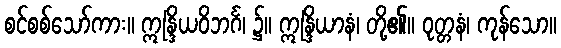
စင်စစ်သော်ကား။ ဣန္ဒြိယဝိဘင်္ဂ၊ ၌။ ဣန္ဒြိယာနံ၊ တို့၏။ ဝုတ္တနံ၊ ကုန်သော။